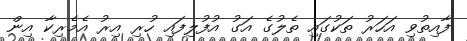
ފާއިތުވި އަހަރު ތަކުގައި ތެލުގެ އަގު އުފުލިފައި ހުރި އިރު އެމެރިކާ އިން